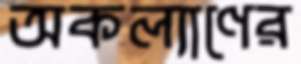
অকল্যাণের